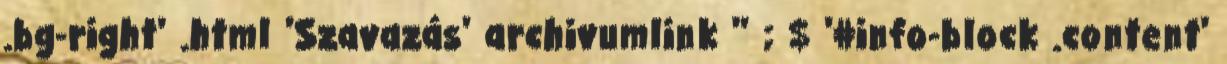
.bg-right' .html 'Szavazás' archivumlink '' ; $ '#info-block .content'